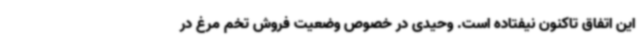
این اتفاق تاکنون نیفتاده است. وحیدی در خصوص وضعیت فروش تخم مرغ در